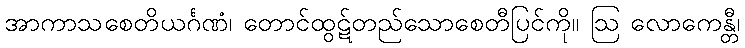
အာကာသစေတိယင်္ဂဏံ၊ တောင်ထွဋ်တည်သောစေတီပြင်ကို။ ဩ လောကေန္တီ၊